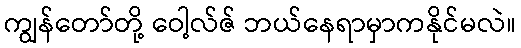
ကျွန်တော်တို့ ဝေါ့လ်ဇ် ဘယ်နေရာမှာကနိုင်မလဲ။